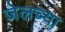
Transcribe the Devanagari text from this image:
जेलच्या